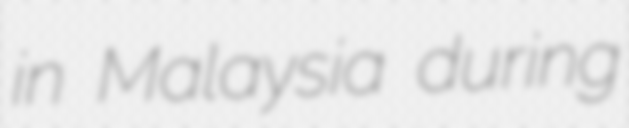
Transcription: in Malaysia during